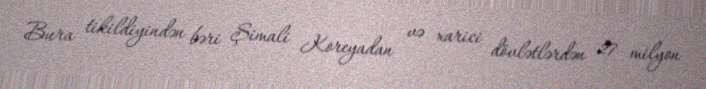
Bura tikildiyindən bəri Şimali Koreyadan və xarici dövlətlərdən 27 milyon